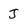
Character: J